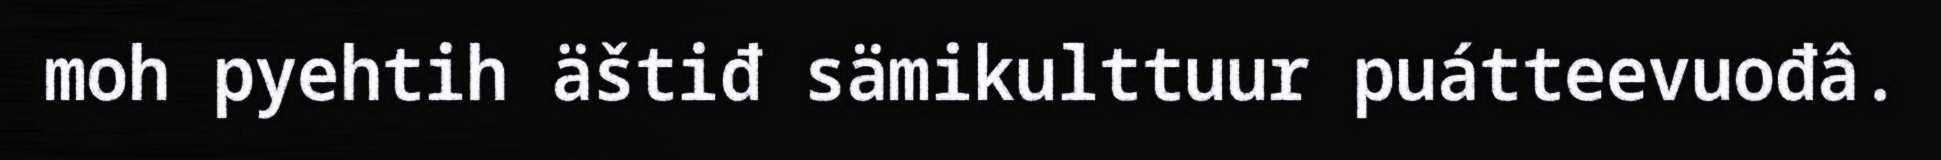
moh pyehtih äštiđ sämikulttuur puátteevuođâ.